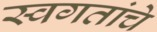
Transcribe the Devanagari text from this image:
स्वगतांचे